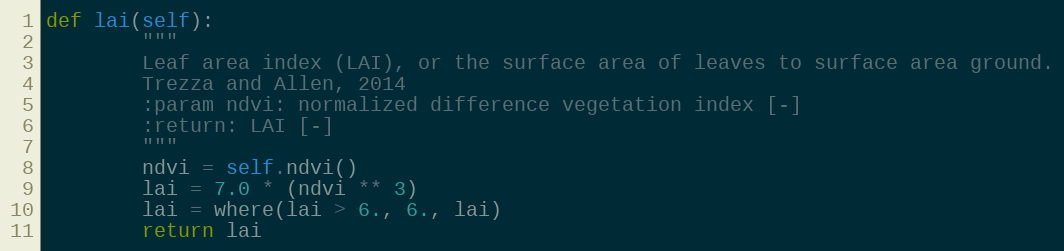
Language: Python
def lai(self):
        """
        Leaf area index (LAI), or the surface area of leaves to surface area ground.
        Trezza and Allen, 2014
        :param ndvi: normalized difference vegetation index [-]
        :return: LAI [-]
        """
        ndvi = self.ndvi()
        lai = 7.0 * (ndvi ** 3)
        lai = where(lai > 6., 6., lai)
        return lai